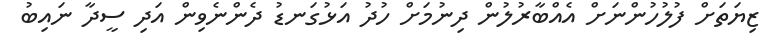
ޒިޔަތަށް ފުލުހުންނަށް އެއްބާރުލުން ދިނުމަށް ހުދު އަޅުގަނޑު ދެންނެވިން އަދި ސީދާ ނައިބު